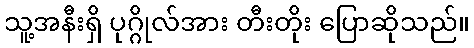
သူ့အနီးရှိ ပုဂ္ဂိုလ်အား တီးတိုး ပြောဆိုသည်။